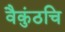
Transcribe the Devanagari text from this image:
वैकुंठचि